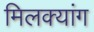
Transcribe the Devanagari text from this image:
मिलक्यांग